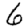
Digit: 6